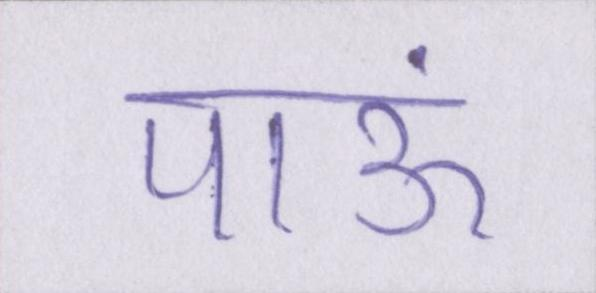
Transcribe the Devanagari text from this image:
पाऊं